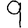
Digit: 9